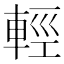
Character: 輕